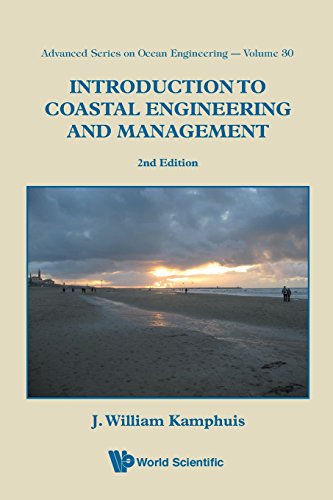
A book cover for Introduction to Coastal Engineering and Management (Advanced Series on Ocean Engineering); J. William Kamphuis; Engineering & Transportation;